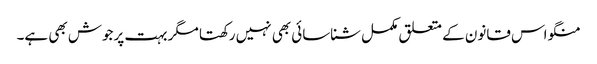
منگو اس قانون کے متعلق مکمل شناسائی بھی نہیں رکھتا مگر بہت پرجوش بھی ہے۔